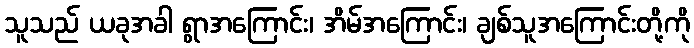
သူသည် ယခုအခါ ရွာအကြောင်း၊ အိမ်အကြောင်း၊ ချစ်သူအကြောင်းတို့ကို